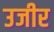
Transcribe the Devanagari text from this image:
उजीर